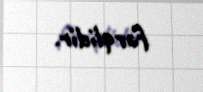
fərqlidir.